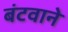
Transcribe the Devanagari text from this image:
बंटवाने